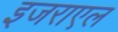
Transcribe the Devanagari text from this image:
इजराएल